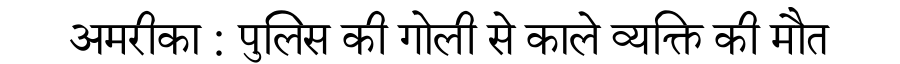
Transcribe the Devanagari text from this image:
अमरीका : पुलिस की गोली से काले व्यक्ति की मौत